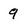
Character: q